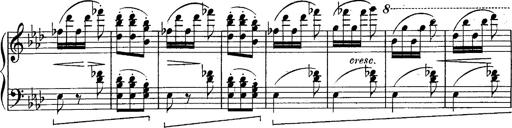
Title: Schubert's Impromptus [revised and edited by Franz Liszt]
Composer: Franz Liszt